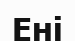
Ені